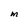
Character: M